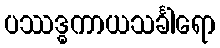
ပဿဒ္ဓကာယသင်္ခါရော